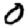
Digit: 0